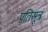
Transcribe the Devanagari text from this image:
प्रतिसूत्रं